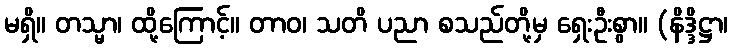
မရှိ။ တသ္မာ၊ ထို့ကြောင့်။ တာဝ၊ သတိ ပညာ စသည်တို့မှ ရှေးဦးစွာ။ (နိဒ္ဒိဋ္ဌာ၊